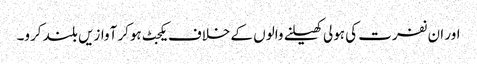
اور ان نفرت کی ہولی کھیلنے والوں کے خلاف یکجٹ ہوکر آوازیں بلند کرو۔